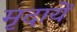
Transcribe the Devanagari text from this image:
मृदायें